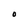
Character: O